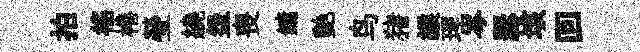
拍徭棬瑩繞盌喪鏞艶鸟猪緱理岑瑟垓回